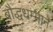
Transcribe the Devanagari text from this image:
बौद्धधम्माने